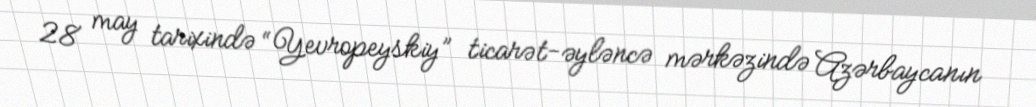
28 may tarixində “Yevropeyskiy” ticarət-əyləncə mərkəzində Azərbaycanın